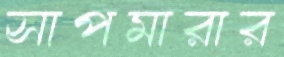
সাপমারার